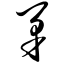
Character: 矛